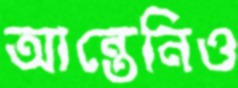
আন্তেনিও